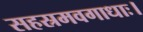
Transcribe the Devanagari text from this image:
सहस्रमवगाधाः।